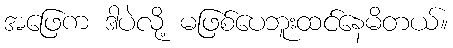
အဖြေက ဒါပဲလို့ မဖြစ်ပေဘူးထင်နေမိတယ်။